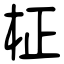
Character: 柾